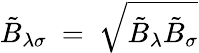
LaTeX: \tilde{B}_{\lambda\sigma}~=~\sqrt{\tilde{B}_{\lambda}\tilde{B}_{\sigma}}